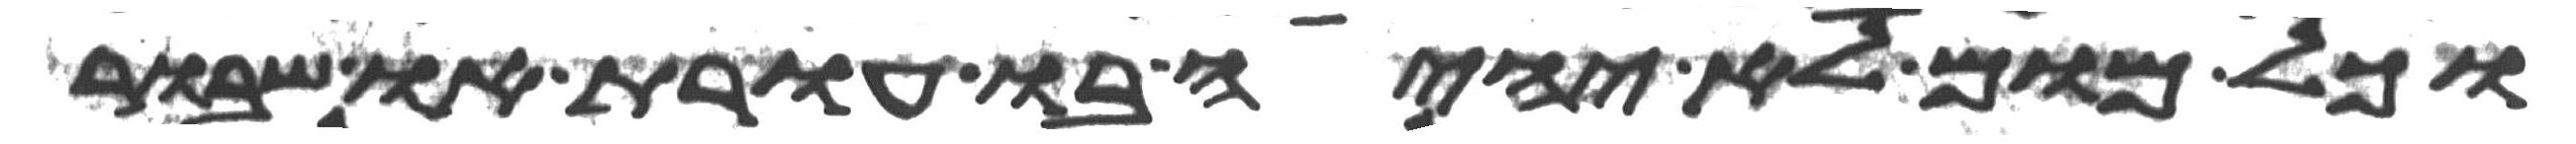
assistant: וכל מום לא יהיה בו עורת או שבור